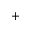
+